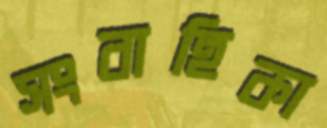
সংবাহিকা